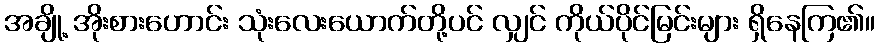
အချို့ အိုးစားဟောင်း သုံးလေးယောက်တို့ပင် လျှင် ကိုယ်ပိုင်မြင်းများ ရှိနေကြ၏။